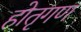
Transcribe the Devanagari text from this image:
होतृगण